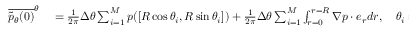
\begin{array} { r l } { \overline { { \tilde { p } _ { \theta } ( \boldsymbol { 0 } ) } } ^ { \theta } } & { { } = \frac { 1 } { 2 \pi } \Delta \theta \sum _ { i = 1 } ^ { M } p ( [ R \cos \theta _ { i } , R \sin \theta _ { i } ] ) + \frac { 1 } { 2 \pi } \Delta \theta \sum _ { i = 1 } ^ { M } \int _ { r = 0 } ^ { r = R } \boldsymbol { \nabla } p \cdot \boldsymbol { e } _ { r } d r , \quad \theta _ { i } = \frac { 2 \pi i } { M } } \end{array}